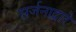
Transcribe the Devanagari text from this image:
सर्जनाद्वारे